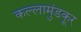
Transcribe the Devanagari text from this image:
कल्लामुंडकूर